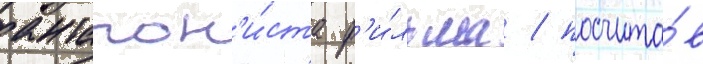
антагон'и́ста ф'и́льма / посчита́в